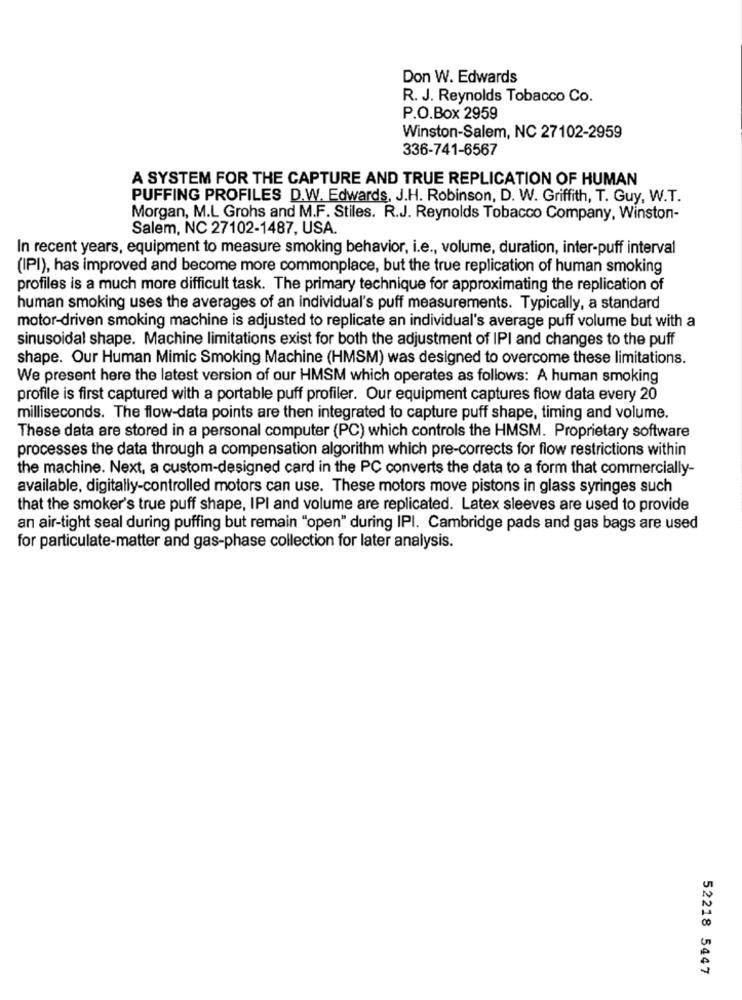
Don W. Edwards
R. J. Reynolds Tobacco Co.
P.O.Box 2959
Winston-Salem, NC 27102-2959
336-741-6567
A SYSTEM FOR THE CAPTURE AND TRUE REPLICATION OF HUMAN
PUFFING PROFILES D.W. Edwards, J.H. Robinson, D. W. Griffith, T. Guy, W.T.
Morgan, M.L Grohs and M.F. Stiles. R.J. Reynolds Tobacco Company, Winston-
Salem, NC 27102-1487, USA.
In recent years, equipment to measure smoking behavior, i.e ., volume, duration, inter-puff interval
(IPI), has improved and become more commonplace, but the true replication of human smoking
profiles is a much more difficult task. The primary technique for approximating the replication of
human smoking uses the averages of an individual's puff measurements. Typically, a standard
motor-driven smoking machine is adjusted to replicate an individual's average puff volume but with a
sinusoidal shape. Machine limitations exist for both the adjustment of IPI and changes to the puff
shape. Our Human Mimic Smoking Machine (HMSM) was designed to overcome these limitations.
We present here the latest version of our HMSM which operates as follows: A human smoking
profile is first captured with a portable puff profiler. Our equipment captures flow data every 20
milliseconds. The flow-data points are then integrated to capture puff shape, timing and volume.
These data are stored in a personal computer (PC) which controls the HMSM. Proprietary software
processes the data through a compensation algorithm which pre-corrects for flow restrictions within
the machine. Next, a custom-designed card in the PC converts the data to a form that commercially-
available, digitally-controlled motors can use. These motors move pistons in glass syringes such
that the smoker's true puff shape, IPI and volume are replicated. Latex sleeves are used to provide
an air-tight seal during puffing but remain "open" during IPI. Cambridge pads and gas bags are used
for particulate-matter and gas-phase collection for later analysis.
52218 5447